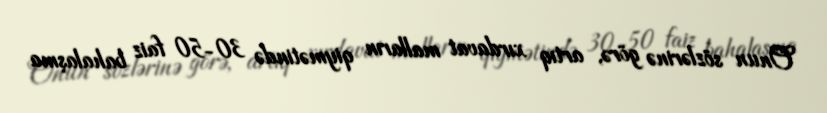
Onun sözlərinə görə, artıq xırdavat malların qiymətində 30-50 faiz bahalaşma